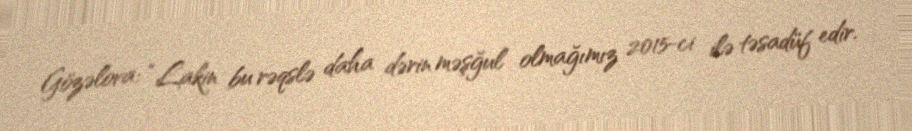
Gözəlova: “Lakin bu rəqslə daha dərin məşğul olmağımız 2015-ci ilə təsadüf edir.